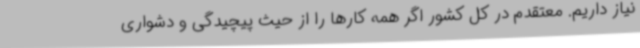
نیاز داریم. معتقدم در کل کشور اگر همه کارها را از حیث پیچیدگی و دشواری